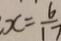
x = \frac { 6 } { 1 7 }